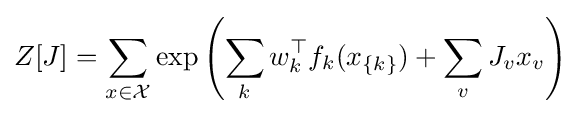
Z[J]=\sum _{x\in {\mathcal {X}}}\exp \left(\sum _{k}w_{k}^{\top }f_{k}(x_{\{k\}})+\sum _{v}J_{v}x_{v}\right)